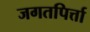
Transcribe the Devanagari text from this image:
जगतपिर्त्ता